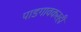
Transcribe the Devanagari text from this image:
पाडगावकरही